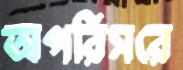
অপরিসরে